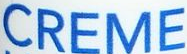
CREME